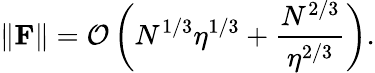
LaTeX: \| \mathbf{F}\| =\mathcal{O}\left(N^{1/3}\eta^{1/3}+\frac{N^{2/3}}{\eta^{2/3}}\right).